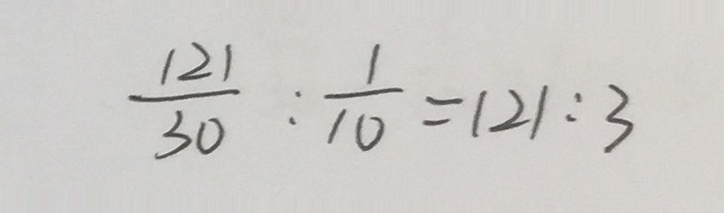
\frac { 1 2 1 } { 3 0 } : \frac { 1 } { 1 0 } = 1 2 1 : 3